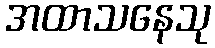
အထာသနေသု